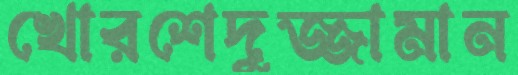
খোরশেদুজ্জামান